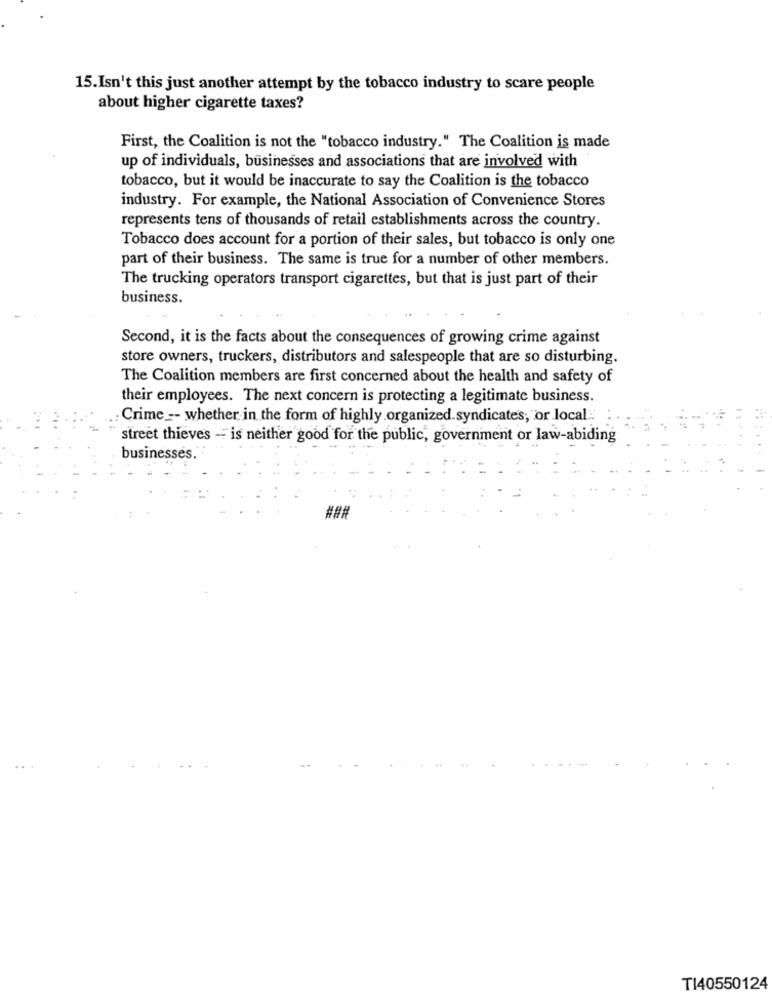
15.Isn't this just another attempt by the tobacco industry to scare people
about higher cigarette taxes?
First, the Coalition is not the "tobacco industry." The Coalition is made
up of individuals, businesses and associations that are involved with
tobacco, but it would be inaccurate to say the Coalition is the tobacco
industry. For example, the National Association of Convenience Stores
represents tens of thousands of retail establishments across the country.
Tobacco does account for a portion of their sales, but tobacco is only one
part of their business. The same is true for a number of other members.
The trucking operators transport cigarettes, but that is just part of their
business.
Second, it is the facts about the consequences of growing crime against
store owners, truckers, distributors and salespeople that are so disturbing.
The Coalition members are first concerned about the health and safety of
their employees. The next concern is protecting a legitimate business.
Crime -- whether in the form of highly organized syndicates, or local.
street thieves - is neither good for the public, government or law-abiding
businesses."
###
TI40550124